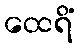
ထေရိံ